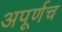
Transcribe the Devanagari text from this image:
अपूर्णच